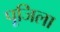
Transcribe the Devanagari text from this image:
पूजिला